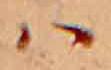
ハ